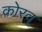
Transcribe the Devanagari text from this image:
कोरव्